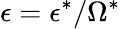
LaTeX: \epsilon=\epsilon^{*}/\Omega^{*}